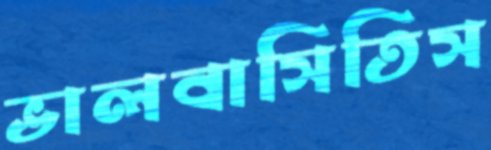
ভালবাসিতিস